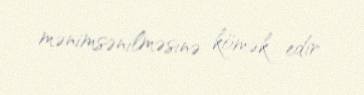
mənimsənilməsinə kömək edir.